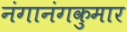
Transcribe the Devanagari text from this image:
नंगानंगकुमार